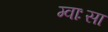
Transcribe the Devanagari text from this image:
म्वाःसा